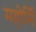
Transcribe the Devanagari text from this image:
महोर्मि